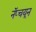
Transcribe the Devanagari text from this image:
नॅप्चयून